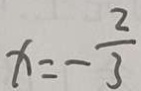
x = - \frac { 2 } { 3 }